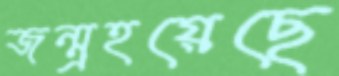
জন্ম্রহয়েছে